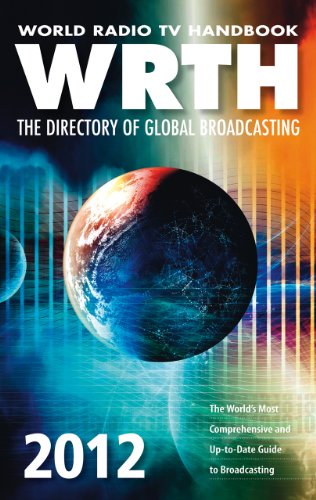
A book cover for World Radio TV Handbook 2012; WRTH Publishing; Humor & Entertainment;